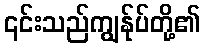
၎င်းသည်ကျွန်ုပ်တို့၏